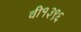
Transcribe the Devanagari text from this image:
वी१३९६